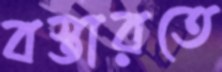
বস্তারতে